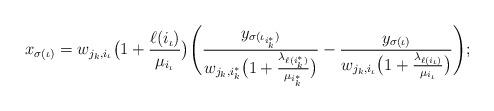
LaTeX: \begin{align*}x_{\sigma(\iota)} = w_{j_k,i_{\iota}}\bigl(1+\frac{\ell(i_{\iota})}{\mu_{i_{\iota}}}\bigr)\Biggl(\frac{y_{\sigma(\iota_{i^*_k})}}{w_{j_k,i^*_k}\bigl(1+\frac{\lambda_{\ell(i^*_k)}}{\mu_{i^*_k}}\bigr)}-\frac{y_{\sigma(\iota)}}{w_{j_k,i_{\iota}}\bigl(1+\frac{\lambda_{\ell(i_{\iota})}}{\mu_{i_{\iota}}}\bigr)}\Biggr);\end{align*}